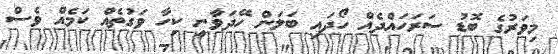
މިވަރުގެ ބޮޑު ސަރަހައްދެއް ހޯދައި ބަލަން ހޭދަވާނީ ކިހާ ވަގުތެއް ކަމެއް ވެސް